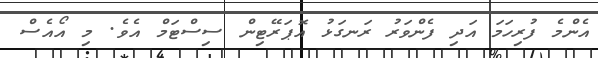
އެންމެ ފުރިހަމަ އަދި ފެންވަރު ރަނގަޅު އޮޕަރޭޓިން ސިސްޓަމް އެވެ. މި އޯއެސް